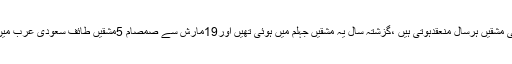
ڈی جی آئی ایس پی آرکے مطابق پاکستان اورسعودی عرب کی مشترکہ جنگی مشقیں ہرسال منعقدہوتی ہیں ،گزشتہ سال یہ مشقیں جہلم میں ہوئی تھیں اور19مارش سے صمصام 5مشقیں طائف سعودی عرب میں جاری ہیں ان مشقوں میں پاکستان کے 292افسروجوان حصہ لے رہے ہیں ۔